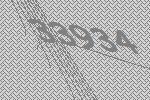
33934